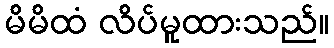
မိမိထံ လိပ်မူထားသည်။